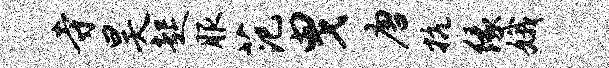
寺昊起服范曳唐抗缘娥